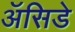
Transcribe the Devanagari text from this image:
ॲसिडे